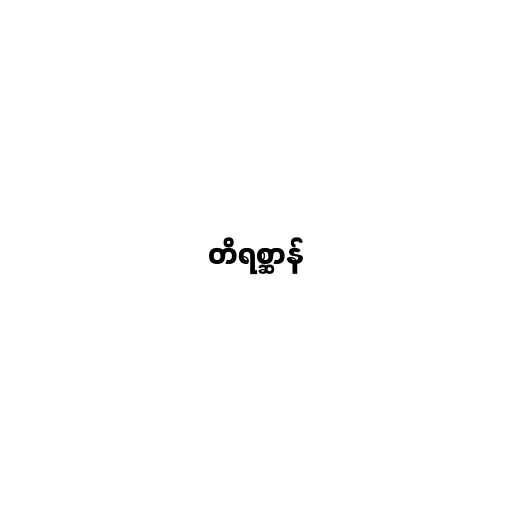
တိရစ္ဆာန်